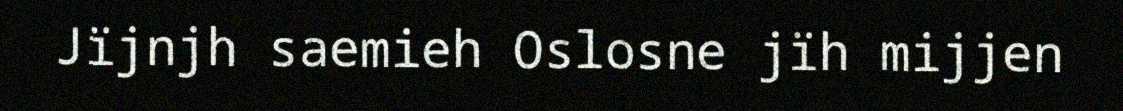
Jïjnjh saemieh Oslosne jïh mijjen